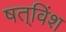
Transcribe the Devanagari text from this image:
षत्‌विंश